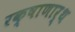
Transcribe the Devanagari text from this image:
रक्षाणार्थ